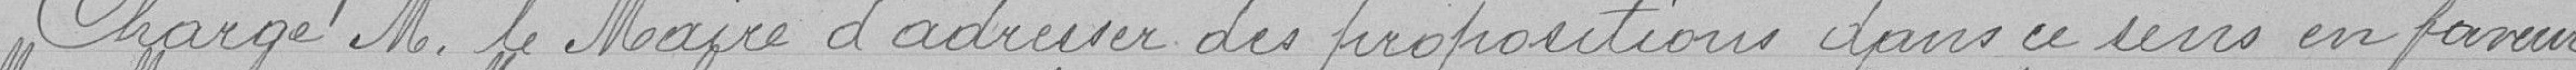
Charge M. le Maire d'adresser des propositions en ce sens en faveur